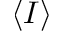
\left< I \right>